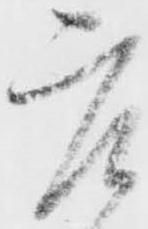
庄